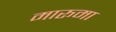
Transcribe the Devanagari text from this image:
मारूमा